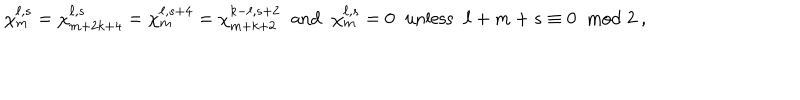
LaTeX: \chi _ { m } ^ { \ell , s } = \chi _ { m + 2 k + 4 } ^ { \ell , s } = \chi _ { m } ^ { \ell , s + 4 } = \chi _ { m + k + 2 } ^ { k - \ell , s + 2 } \; \; \mathrm { a n d } \; \; \chi _ { m } ^ { \ell , s } = 0 \; \; \mathrm { u n l e s s } \; \; \ell + m + s \equiv 0 \; \; \mathrm { m o d } \; 2 ~ ,